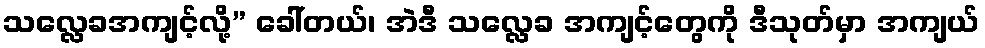
သလ္လေခအကျင့်လို့” ခေါ်တယ်၊ အဲဒီ သလ္လေခ အကျင့်တွေကို ဒီသုတ်မှာ အကျယ်